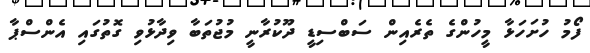
ފޯމު ހުށަހަޅާ މީހުންގެ ތެރެއިން ސަބްސިޑީ ދޫކުރާނީ މުޖުތަބާ ވިދާޅުވި ގޮތުގައި އެންސްޕާ